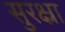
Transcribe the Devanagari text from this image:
सुरक्ष्रा